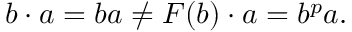
b \cdot a = b a \neq F ( b ) \cdot a = b ^ { p } a .